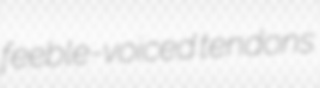
feeble-voiced tendons